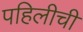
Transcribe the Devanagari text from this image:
पहिलीची